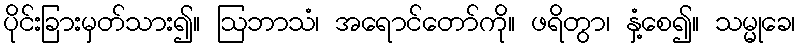
ပိုင်းခြားမှတ်သား၍။ ဩဘာသံ၊ အရောင်တော်ကို။ ဖရိတွာ၊ နှံ့စေ၍။ သမ္မုခေ၊